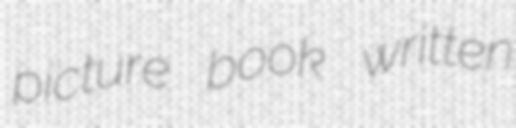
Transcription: picture book written